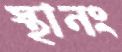
স্থানং